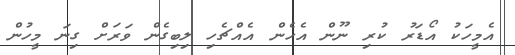
އެމީހަކު އޯޑަރު ކުރި ނޫން އެހެން އެއްޗެހި ލިބިގެން ވަރަށް ގިނަ މީހުން